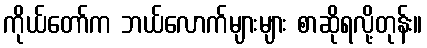
ကိုယ်တော်က ဘယ်လောက်များများ စာဆိုရလို့တုန်း။